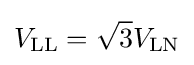
V_{\text{LL}}={\sqrt {3}}V_{\text{LN}}